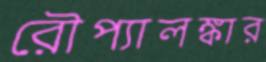
রৌপ্যালঙ্কার